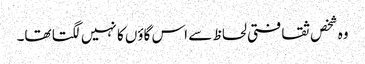
وہ شخص ثقافتی لحاظ سے اس گاؤں کا نہیں لگتا تھا۔